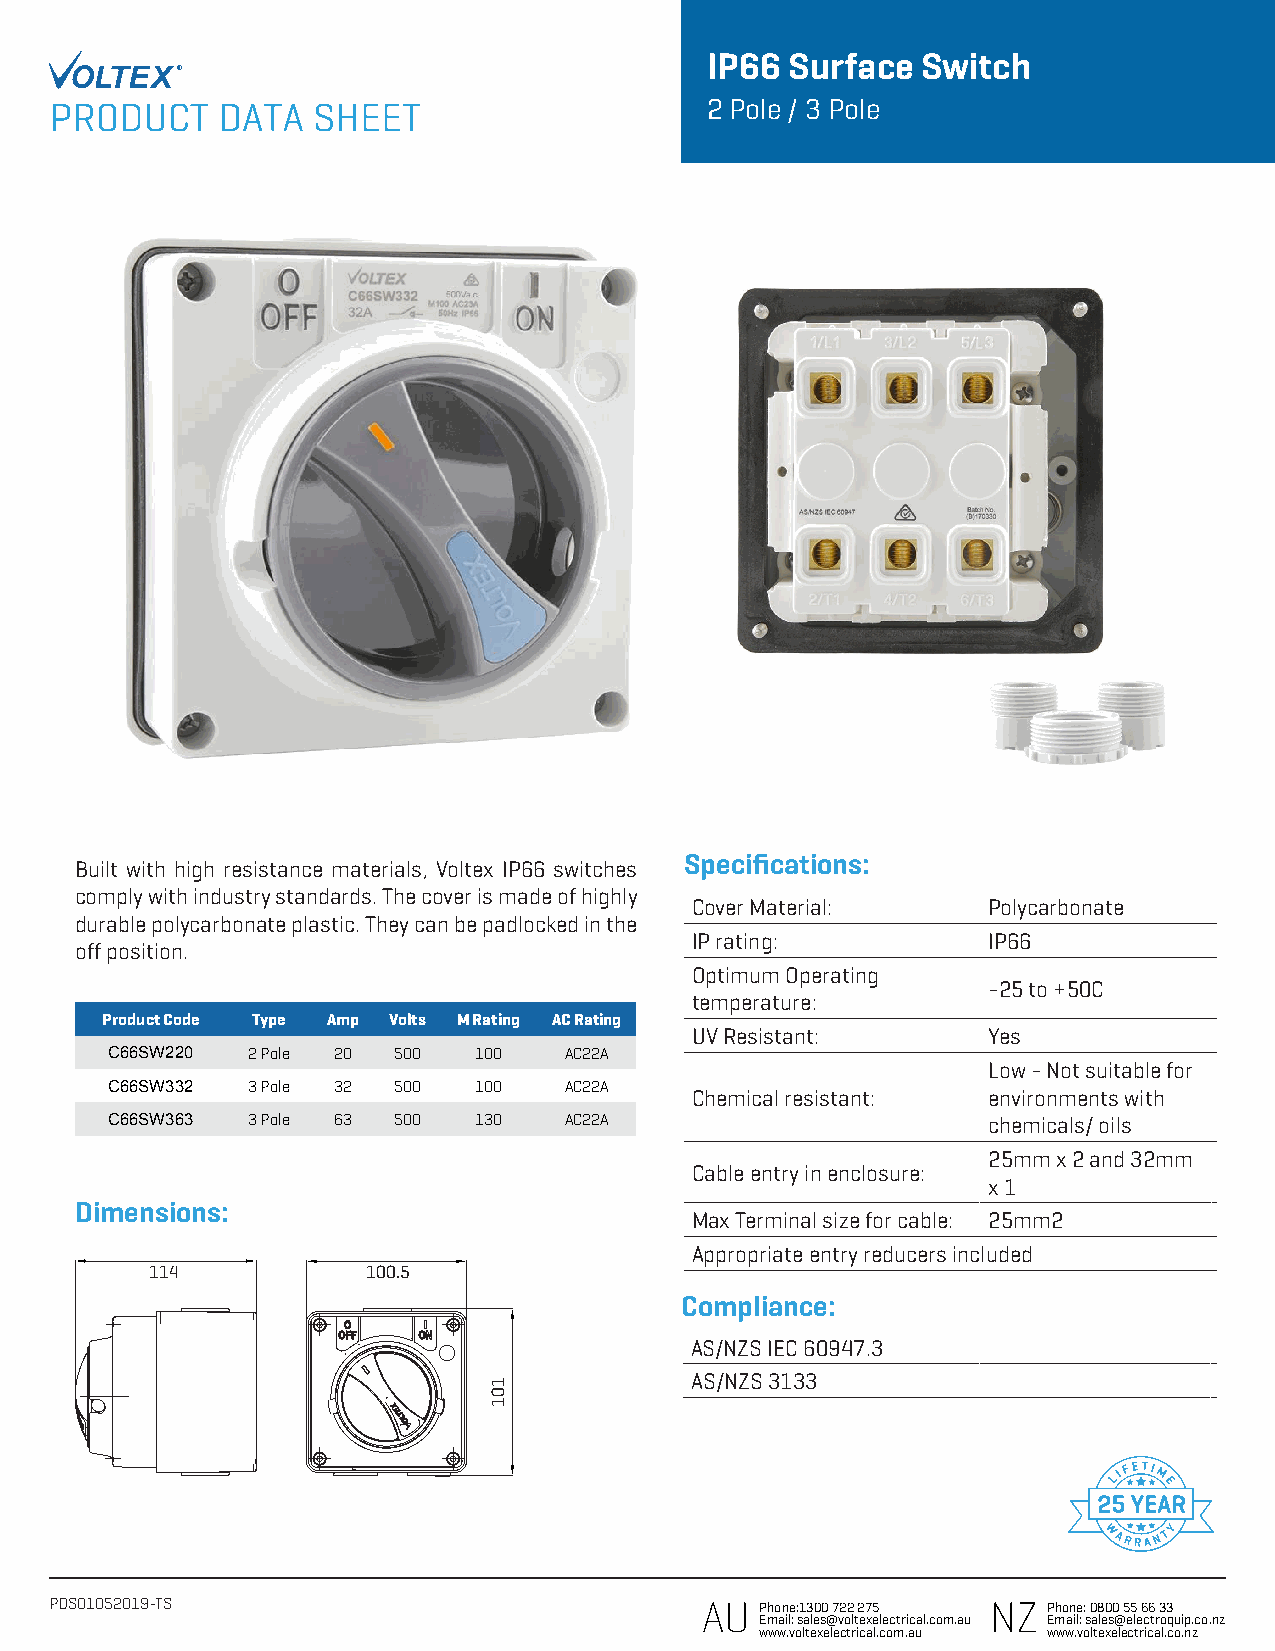
IP66 Surface  Switch
 ®
 2 Pole / 3 Pole
 The Voltex chemical resistant range is
 recommended for indoor and outdoor
 applications including:
 Built with high resistance materials, Voltex IP66 switches Specifications:
 comply with industry standards. The cover is made of highly
 Cover Material:    Polycarbonate
 durable polycarbonate plastic. They can be padlocked in the
 IP rating:         IP66
 off position.
 Optimum Operating
 -25 to +50C
 temperature:
 Product Code Type Amp Volts M Rating AC Rating
 UV Resistant:      Yes
 C66SW220 2 Pole 20 500  100   AC22A
 Low - Not suitable for
 C66SW332 3 Pole 32 500  100   AC22A
 Chemical resistant: environments with
 C66SW363 3 Pole 63 500  130   AC22A                       chemicals/ oils
 25mm x 2 and 32mm
 Cable entry in enclosure:
 x 1
 Dimensions:
 Max Terminal size for cable: 25mm2
 Appropriate entry reducers included
 114           100.5
 Compliance:
 AS/NZS IEC 60947.3
 AS/NZS 3133
 PDS01052019-TS                             AU  Phone:1300 722 275 NZ Phone: 0800 55 66 33
 Email: sales@voltexelectrical.com.au Email: sales@electroquip.co.nz
 www.voltexelectrical.com.au www.voltexelectrical.co.nz
 101